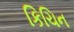
કિચિન